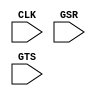
///////////////////////////////////////////////////////////////////////////////
// Copyright (c) 1995/2004 Xilinx, Inc.
// All Right Reserved.
///////////////////////////////////////////////////////////////////////////////
//   ____  ____
//  /   /\/   /
// /___/  \  /    Vendor : Xilinx
// \   \   \/     Version : 8.1i
//  \   \         Description : Xilinx Functional Simulation Library Component
//  /   /                  User Interface to Global Clock, Reset and 3-State Controls for SPARTAN3A
// /___/   /\     Filename : STARTUP_SPARTAN3A.v
// \   \  /  \    Timestamp : Fri Jul  1 14:45:00 PDT 2005
//  \___\/\___\
//
// Revision:
//    07/01/05 - Initial version.
// End Revision

`timescale  1 ps / 1 ps


module STARTUP_SPARTAN3A (CLK, GSR, GTS);

    input  CLK, GSR, GTS;

endmodule